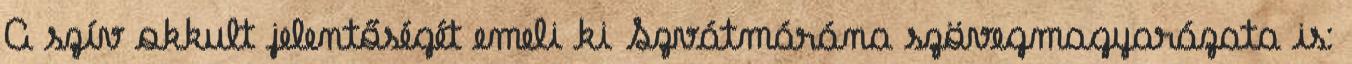
A szív okkult jelentőségét emeli ki Szvátmárána szövegmagyarázata is: